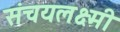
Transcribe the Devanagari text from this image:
संचयलक्ष्मी